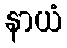
နာယံ